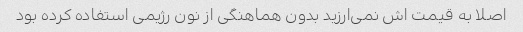
اصلا به قیمت اش نمی‌ارزید بدون هماهنگی از نون رژیمی استفاده کرده بود